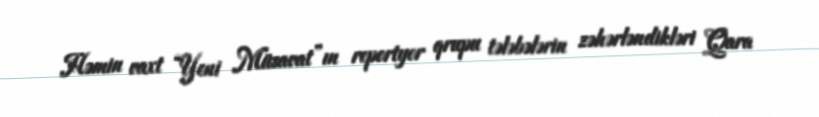
Həmin vaxt “Yeni Müsavat”ın reportyor qrupu tələbələrin zəhərləndikləri Qara